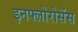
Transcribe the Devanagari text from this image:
इनफ्लोरोसेंस